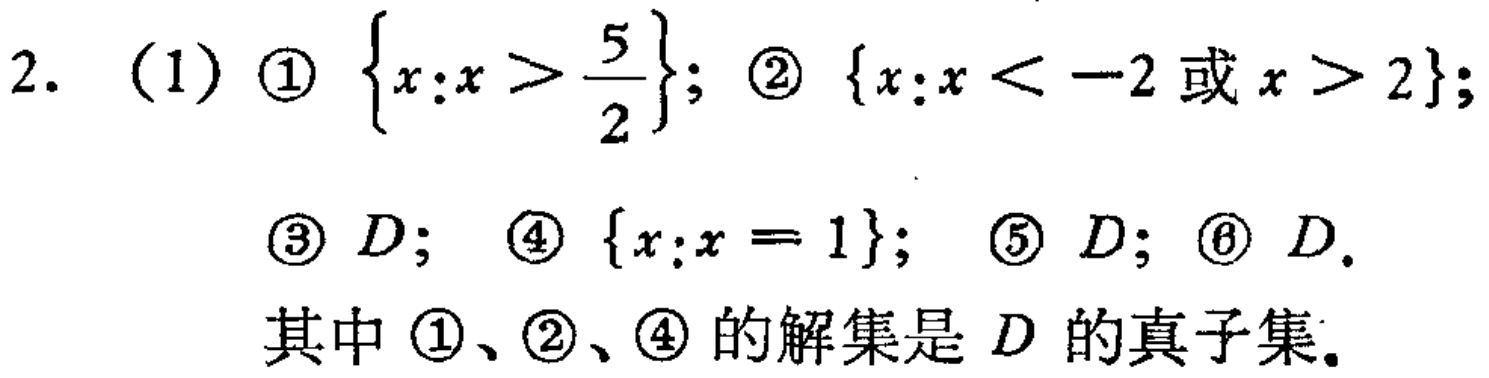
2. (1) \textcircled{1} $\{x:x > \frac{5}{2}\}$; \textcircled{2} $\{x:x < -2\text{ 或 }x > 2\}$;
\textcircled{3} $D$; \textcircled{4} $\{x:x = 1\}$; \textcircled{5} $D$; \textcircled{6} $D$.
其中 \textcircled{1}、\textcircled{2}、\textcircled{4} 的解集是 $D$ 的真子集.